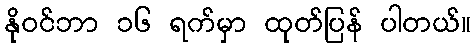
နိုဝင်ဘာ ၁၆ ရက်မှာ ထုတ်ပြန် ပါတယ်။